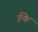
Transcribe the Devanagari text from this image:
ईके